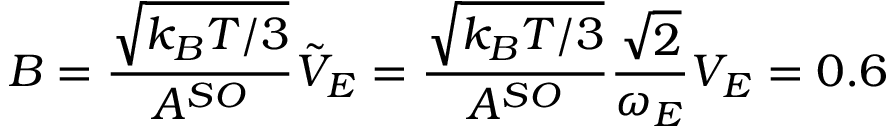
B = \frac { \sqrt { k _ { B } T / 3 } } { A ^ { S O } } \tilde { V } _ { E } = \frac { \sqrt { k _ { B } T / 3 } } { A ^ { S O } } \frac { \sqrt { 2 } } { \omega _ { E } } V _ { E } = 0 . 6